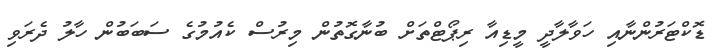
ޑޮކްޓަރުންނާއި ހަވާލާދީ މީޑިއާ ރިޕޯޓްތަށް ބުނާގޮތުން މިރުސް ކެއުމުގެ ސަބަބުން ހާލު ދެރަވި